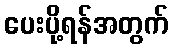
ပေးပို့ရန်အတွက်